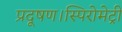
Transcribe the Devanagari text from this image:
प्रदूषण।स्पिरोमेट्री